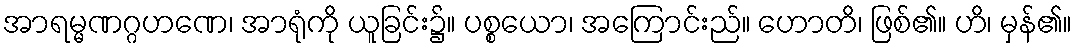
အာရမ္မဏဂ္ဂဟဏေ၊ အာရုံကို ယူခြင်း၌။ ပစ္စယော၊ အကြောင်းည်။ ဟောတိ၊ ဖြစ်၏။ ဟိ၊ မှန်၏။